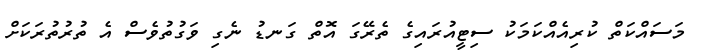
މަސައްކަތް ކުރިއެއްކަމަކު ސިޓީއުރައިގެ ތެރޭގަ އޮތް ގަނޑު ނެގި ވަގުތުވެސް އެ ތުރުތުރަކަށް